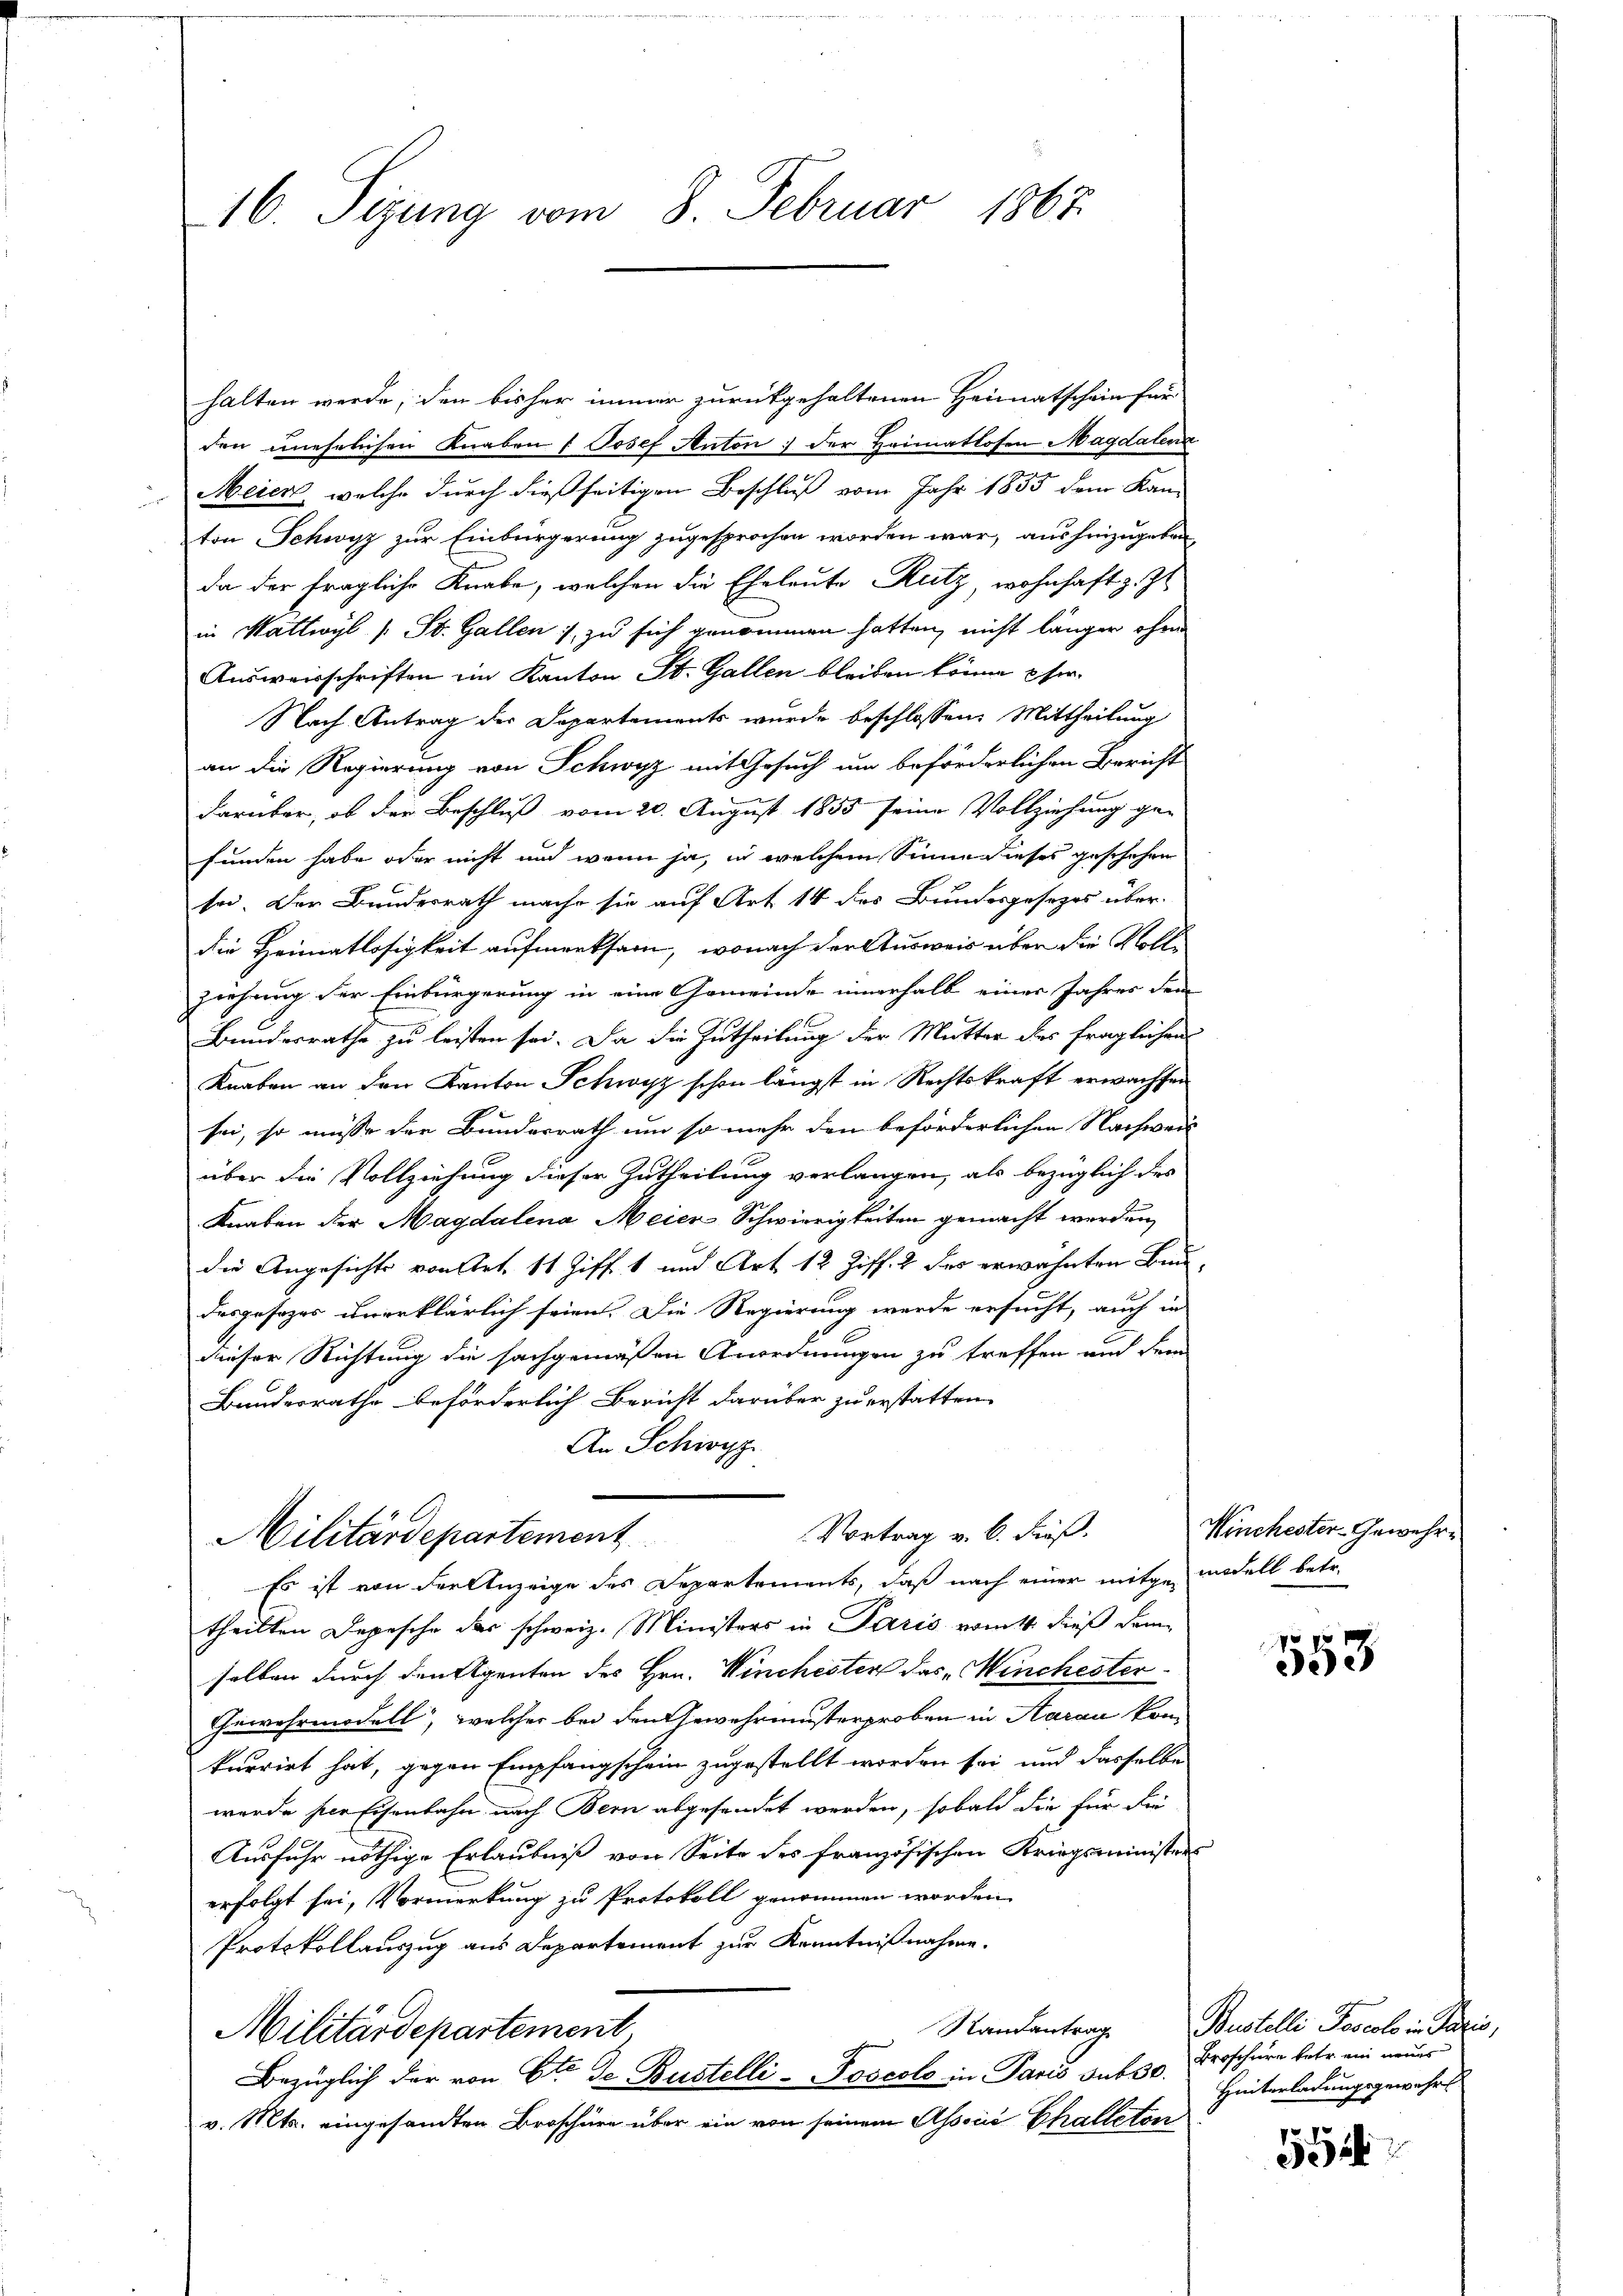
16. Sizung vom 8. Februar 1867.

halten werde, den bisher immer zurückgehaltenen Heimatschein für
den unehelichen Knaben f Josef Anton der Heimatlosen Magdalena
Meier, welche durch dießseitigen Beschluß vom Jahr 1855 dem Kan-
ton Schwyz zur Einbürgerung zugesprochen worden war, aushinzugeben
da der fragliche Knabe, welchen die Eheleute Rutz, wohnhaft z. Zt
in Wattwyl (: St. Gallen, zu sich genommen hatten, nicht länger ohne
Ausweisschriften ein Kanton St. Gallen bleiben könne per
Nach Antrag der Departements wurde beschlossen: Mittheilung
an die Regierung von Schwyz mit Gesuch um beförderlichen Bericht
Farüber, ob der Beschluß vom 20. August 1855 seine Vollziehung ge-
funden habe oder nicht und wenn ja, in welchem Sinne dieses geschehen
sei. Der Bundesrath mache sie auf Art 14 des Bundesgesezes über-
die Heimatlosigkeit aufmerksam, wonach der Ausweis über die Vollziehung der Einbürgerung in eine Gemeinde innerhalb einer Jahres dem
Bundesrathe zu leisten sei. Da die Zutheilung der Mutter des fraglichen
Knaben an den Kanton Schwyz schon längst in Rechtskraft erwachsen
sei, so müsse der Bundesrath um so mehr den beförderlichen Nachweis
über die Vollziehung dieser Zutheilung verlangen, als bezüglich des
Knaben der Magdalena Meier-Schwierigkeiten gemacht werden,
die Angesichts von Art. 11 Ziff. 1 und Art. 12 Ziff. 2 des erwähnten Bundesgesezes ihrerklärlich seien. Die Regierung werde ersucht, auch in
dieser Richtung die sachgemäßen Anordnungen zu treffen und dem
Bundesrathe beförderlich Bericht darüber zu erstatten.
An Schwyz
Vortrag v. 6. dieß.
Militärdepartement
Es ist von der Anzeige des Departements, daß nach einer mitgenandell betr.
theilten Depesche der schweiz. Ministers in Paris vom 4. dieß dem
selben durch den Eigenten des Hrn. Winchester das Winchester
Gewehrmodell, welcher bei den Gewehrmusterproben in Aarau kom
kurrirt hat, gegen Empfangschein zugestellt worden sei und dasselbe
werde der Eisenbahn nach Bern abgesendet werden, sobald die für die
Ausfuhr nöthige Erlaubniß von Seite des französischen Kriegsministers
erfolgt sei, Vormerkung zu Protokoll genommen worden
Protokollauszug aus Departement zur Kenntnißnahme.
Randantrag
Militärdepartement,
Bezüglich der von Ete de Bustelli-Poscolo in Paris sub 30.
v. Mts. eingesandten Broschüre über ein von seinem Associé Challeton

Winchester-Gewehr¬

553

Pustelli Joscolo in Paris,
Broschüre betr. ein neues
Hinterladungsgewehr

552